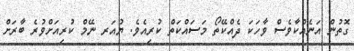
ގޮތުން އަނެއްކާވެސް ވާހަކަ ދެއްކޭތޯ މަސައްކަތް ކުރިއެވެ. ޔުއަރ ނޭމް ކުރިއަށްވުރެ ބާރަށް